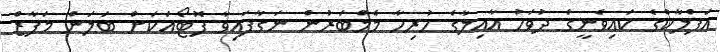
އަފްލާކްގެ ކައިވެނީގެ ދުވަހު އާއިލާގެ ހުރިހާ މެމްބަރުން ނަގާފައިވާ ފޮޓޯއަކަށް ބަލަން މަފާޒް